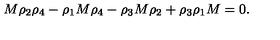
M \rho _ { 2 } \rho _ { 4 } - \rho _ { 1 } M \rho _ { 4 } - \rho _ { 3 } M \rho _ { 2 } + \rho _ { 3 } \rho _ { 1 } M = 0 .